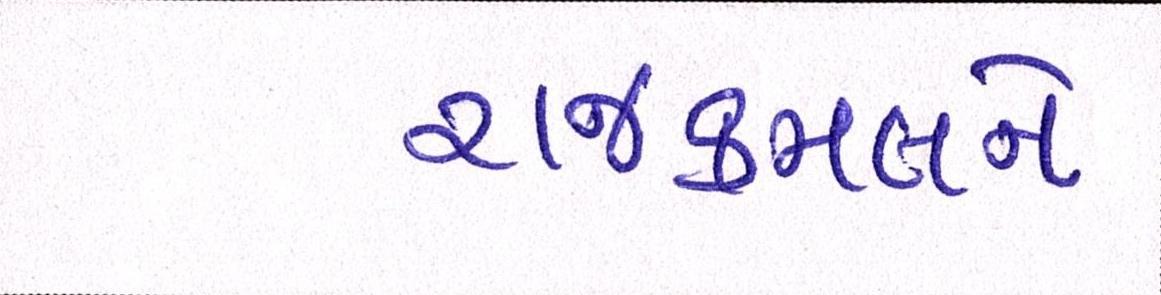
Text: રાજકમલને